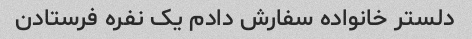
دلستر خانواده سفارش دادم یک نفره فرستادن